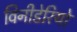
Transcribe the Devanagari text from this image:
विनीडेरियो